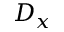
D _ { x }